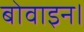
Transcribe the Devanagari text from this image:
बोवाइन।